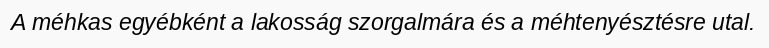
A méhkas egyébként a lakosság szorgalmára és a méhtenyésztésre utal.